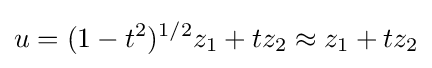
u=(1-t^{2})^{1/2}z_{1}+tz_{2}\approx z_{1}+tz_{2}